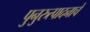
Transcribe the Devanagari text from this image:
पुनुरुत्पादनाचे